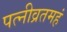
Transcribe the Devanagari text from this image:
पत्नीव्रतमहं